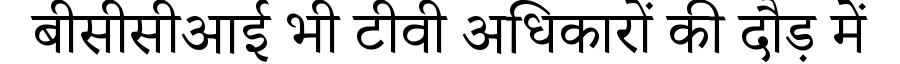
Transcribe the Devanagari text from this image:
बीसीसीआई भी टीवी अधिकारों की दौड़ में